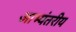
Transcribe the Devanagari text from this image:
आभ्यंतरीय